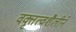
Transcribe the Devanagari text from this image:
वक्तृत्वशैलीने